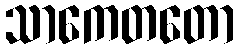
သာကေတတော